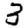
Digit: 3